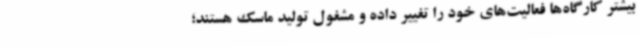
بیشتر کارگاه‌ها فعالیت‌های خود را تغییر داده و مشغول تولید ماسک هستند؛